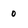
Character: o